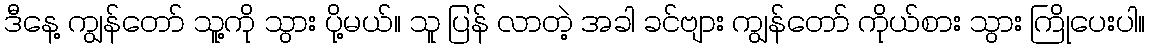
ဒီနေ့ ကျွန်တော် သူ့ကို သွား ပို့မယ်။ သူ ပြန် လာတဲ့ အခါ ခင်ဗျား ကျွန်တော် ကိုယ်စား သွား ကြိုပေးပါ။